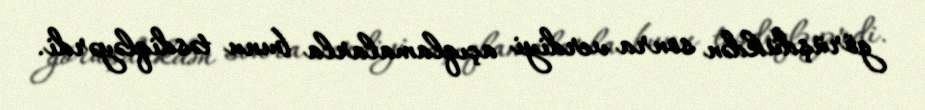
görüşdükdən sonra verdiyi açıqlamalarla bunu təsdiqləyərdi.